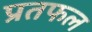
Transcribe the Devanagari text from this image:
प्रतफल